Lunatic asylums Bombay report 1891-1903 - 1891-1903
Year: 1891
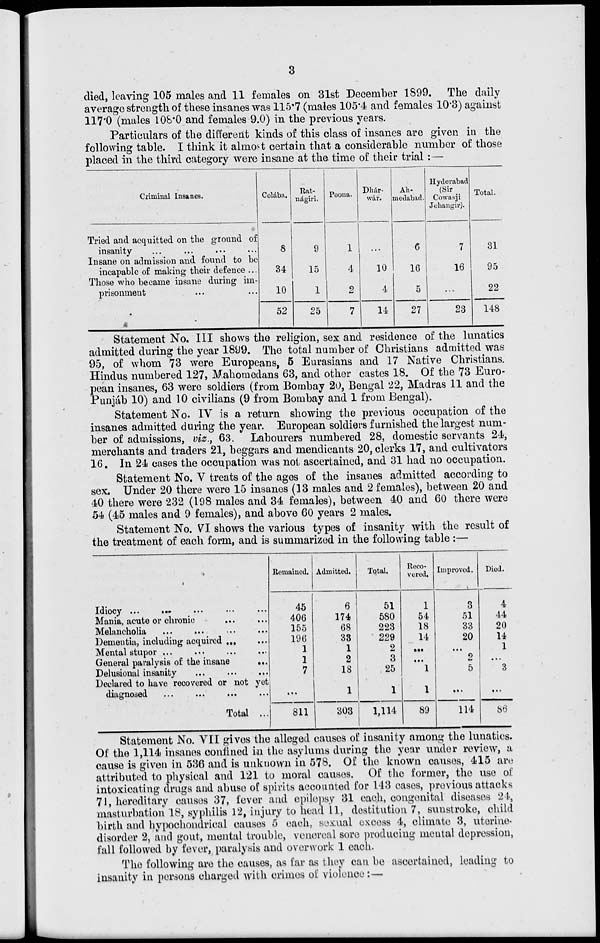
3
died, leaving 105 males and 11 females on 31st December 1899. The daily
average strength of these insanes was 115.7 (males 105.4 and females 10.3) against
117.0 (males 108.0 and females 9.0) in the previous years.
Particulars of the different kinds of this class of insanes are given in the
following table. I think it almost certain that a considerable number of those
placed in the third category were insane at the time of their trial :—
Criminal Insanes.
Tried and acquitted on the ground of
insanity ... ... ... ...
Insane on admission and found to be
incapable of making their defence ...
Those who became insane during im-
prisonment ... ...
Colába.
8
34
10
52
Rat-
nágiri.
9
15
1
25
Poona.
1
4
2
7
Dhár-
wár.
...
10
4
14
Ah-
medabad.
6
16
5
27
Hyderabad
(Sir
Cowasji
Jehangir).
7
16
...
23
Total.
81
95
22
148
Statement No. III shows the religion, sex and residence of the lunatics
admitted during the year 1899. The total number of Christians admitted was
95, of whom 73 were Europeans, 5 Eurasians and 17 Native Christians.
Hindus numbered 127, Mahomedans 63, and other castes 18. Of the 73 Euro-
pean insanes, 63 were soldiers (from Bombay 20, Bengal 22, Madras 11 and the
Punjáb 10) and 10 civilians (9 from Bombay and 1 from Bengal).
Statement No. IV is a return showing the previous occupation of the
insanes admitted during the year. European soldiers furnished the largest num-
ber of admissions, viz., 63. Labourers numbered 28, domestic servants 24,
merchants and traders 21, beggars and mendicants 20, clerks 17, and cultivators
16. In 24 cases the occupation was not ascertained, and 31 had no occupation.
Statement No. V treats of the ages of the insanes admitted according to
sex. Under 20 there were 15 insanes (13 males and 2 females), between 20 and
40 there were 232 (198 males and 34 females), between 40 and 60 there were
54 (45 males and 9 females), and above 60 years 2 males.
Statement No. VI shows the various types of insanity with the result of
the treatment of each form, and is summarized in the following table :—
Idiocy ... ... ... ... ...
Mania, acute or chronic ... ...
Melancholia ... ... ... ...
Dementia, including acquired ... ...
Mental stupor ... ... ... ...
General paralysis of the insane
...
Delusional insanity ... ... ...
Declared to have recovered or not yet
diagnosed
...
...
...
Total ...
Remained.
45
406
155
196
1
1
7
...
811
Admitted.
6
174
68
33
1
2
18
1
303
Total.
51
580
223
229
2
3
25
1
1,114
Reco-
vered.
1
54
18
14
...
...
1
1
89
Improved.
3
51
33
20
...
2
5
...
114
Died.
4
44
20
14
1
...
3
...
86
Statement No. VII gives the alleged causes of insanity among the lunatics.
Of the 1,114 insanes confined in the asylums during the year under review, a
cause is given in 536 and is unknown in 578. Of the known causes, 415 are
attributed to physical and 121 to moral causes. Of the former, the use of
intoxicating drugs and abuse of spirits accounted for 143 cases, previous attacks
71, hereditary causes 37, fever and epilepsy 31 each, congenital diseases 24,
masturbation 18, syphilis 12, injury to head 11, destitution 7, sunstroke, child
birth and hypochondrical causes 5 each, sexual excess 4, climate 3, uterine-
disorder 2, and gout, mental trouble, venereal sore producing mental depression,
fall followed by fever, paralysis and overwork 1 each.
The following are the causes, as far as they can be ascertained, leading to
insanity in persons charged with crimes of violence :—